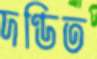
দণ্ডিত